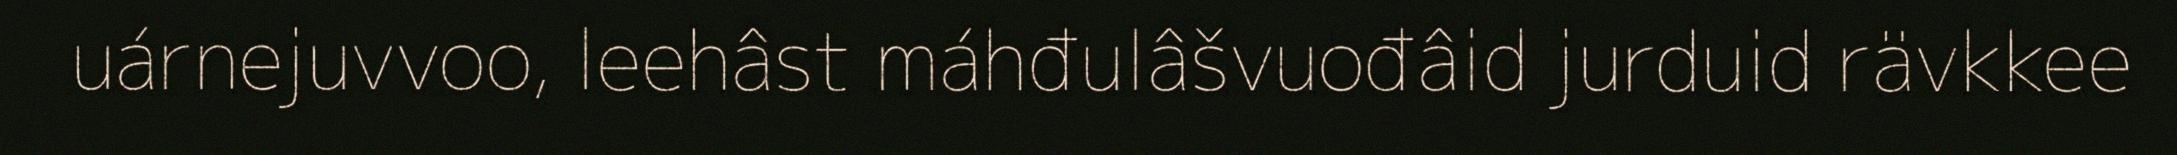
uárnejuvvoo, leehâst máhđulâšvuođâid jurduid rävkkee